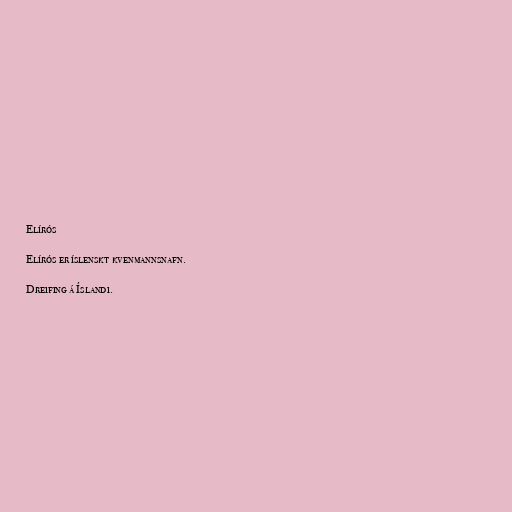
Elírós

Elírós er íslenskt kvenmannsnafn.

Dreifing á Íslandi.